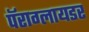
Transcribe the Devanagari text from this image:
पॅराग्लायडर